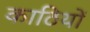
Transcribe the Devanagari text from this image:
काठियों